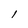
Character: 1